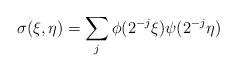
LaTeX: \begin{align*}\sigma(\xi,\eta) = \sum_j \phi(2^{-j} \xi) \psi(2^{-j} \eta)\end{align*}